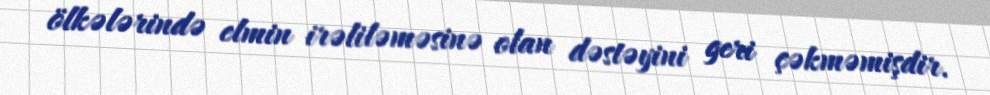
ölkələrində elmin irəliləməsinə olan dəstəyini geri çəkməmişdir.